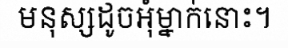
មនុស្សដូចអុំម្នាក់នោះ។